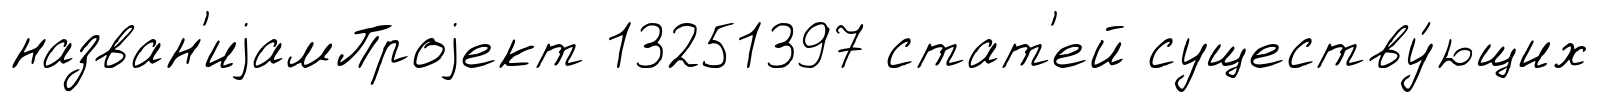
назван'иjамПроjект 13251397 стат'ей существу́ющих